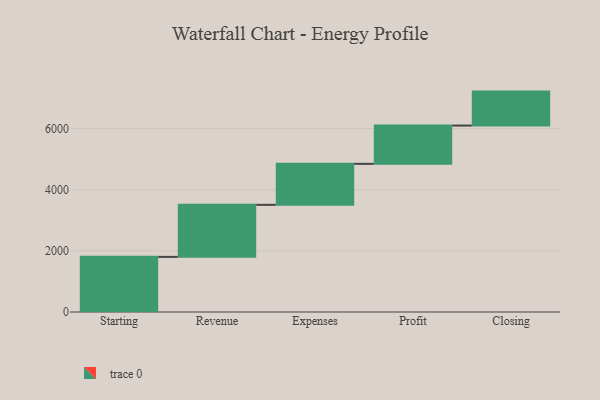
{"axis": {"x": "Step", "y": "Value"}, "legend": [""], "data": [{"x": "Starting", "y": 1804.0, "type": ""}, {"x": "Revenue", "y": 1702.0, "type": ""}, {"x": "Expenses", "y": 1341.0, "type": ""}, {"x": "Profit", "y": 1253.0, "type": ""}, {"x": "Closing", "y": 1111.0, "type": ""}]}